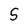
Character: S